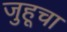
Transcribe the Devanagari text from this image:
जुहूचा